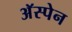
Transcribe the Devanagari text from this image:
अॅस्पेन